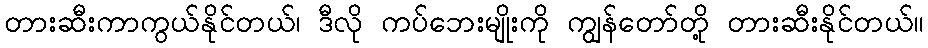
တားဆီးကာကွယ်နိုင်တယ်၊ ဒီလို ကပ်ဘေးမျိုးကို ကျွန်တော်တို့ တားဆီးနိုင်တယ်။